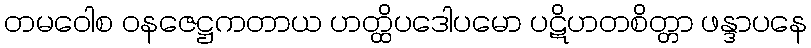
တမဝေါစ ဝနဇေဋ္ဌကတာယ ဟတ္ထိပဒေါပမော ပဋိဟတစိတ္တာ ဖန္ဒာပနေ